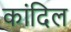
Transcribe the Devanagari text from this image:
कांदिल